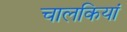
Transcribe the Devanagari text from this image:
चालकियां